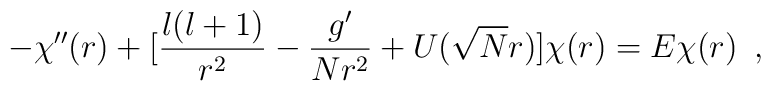
-\chi^{\prime\prime}(r) + [ \frac{l(l+1)}{r^2} - \frac{g^{\prime}}{N r^2}+ U(\sqrt{N}r) ] \chi (r) = E \chi(r)\,\,\,,